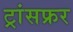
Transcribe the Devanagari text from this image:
ट्रांसफ्रर